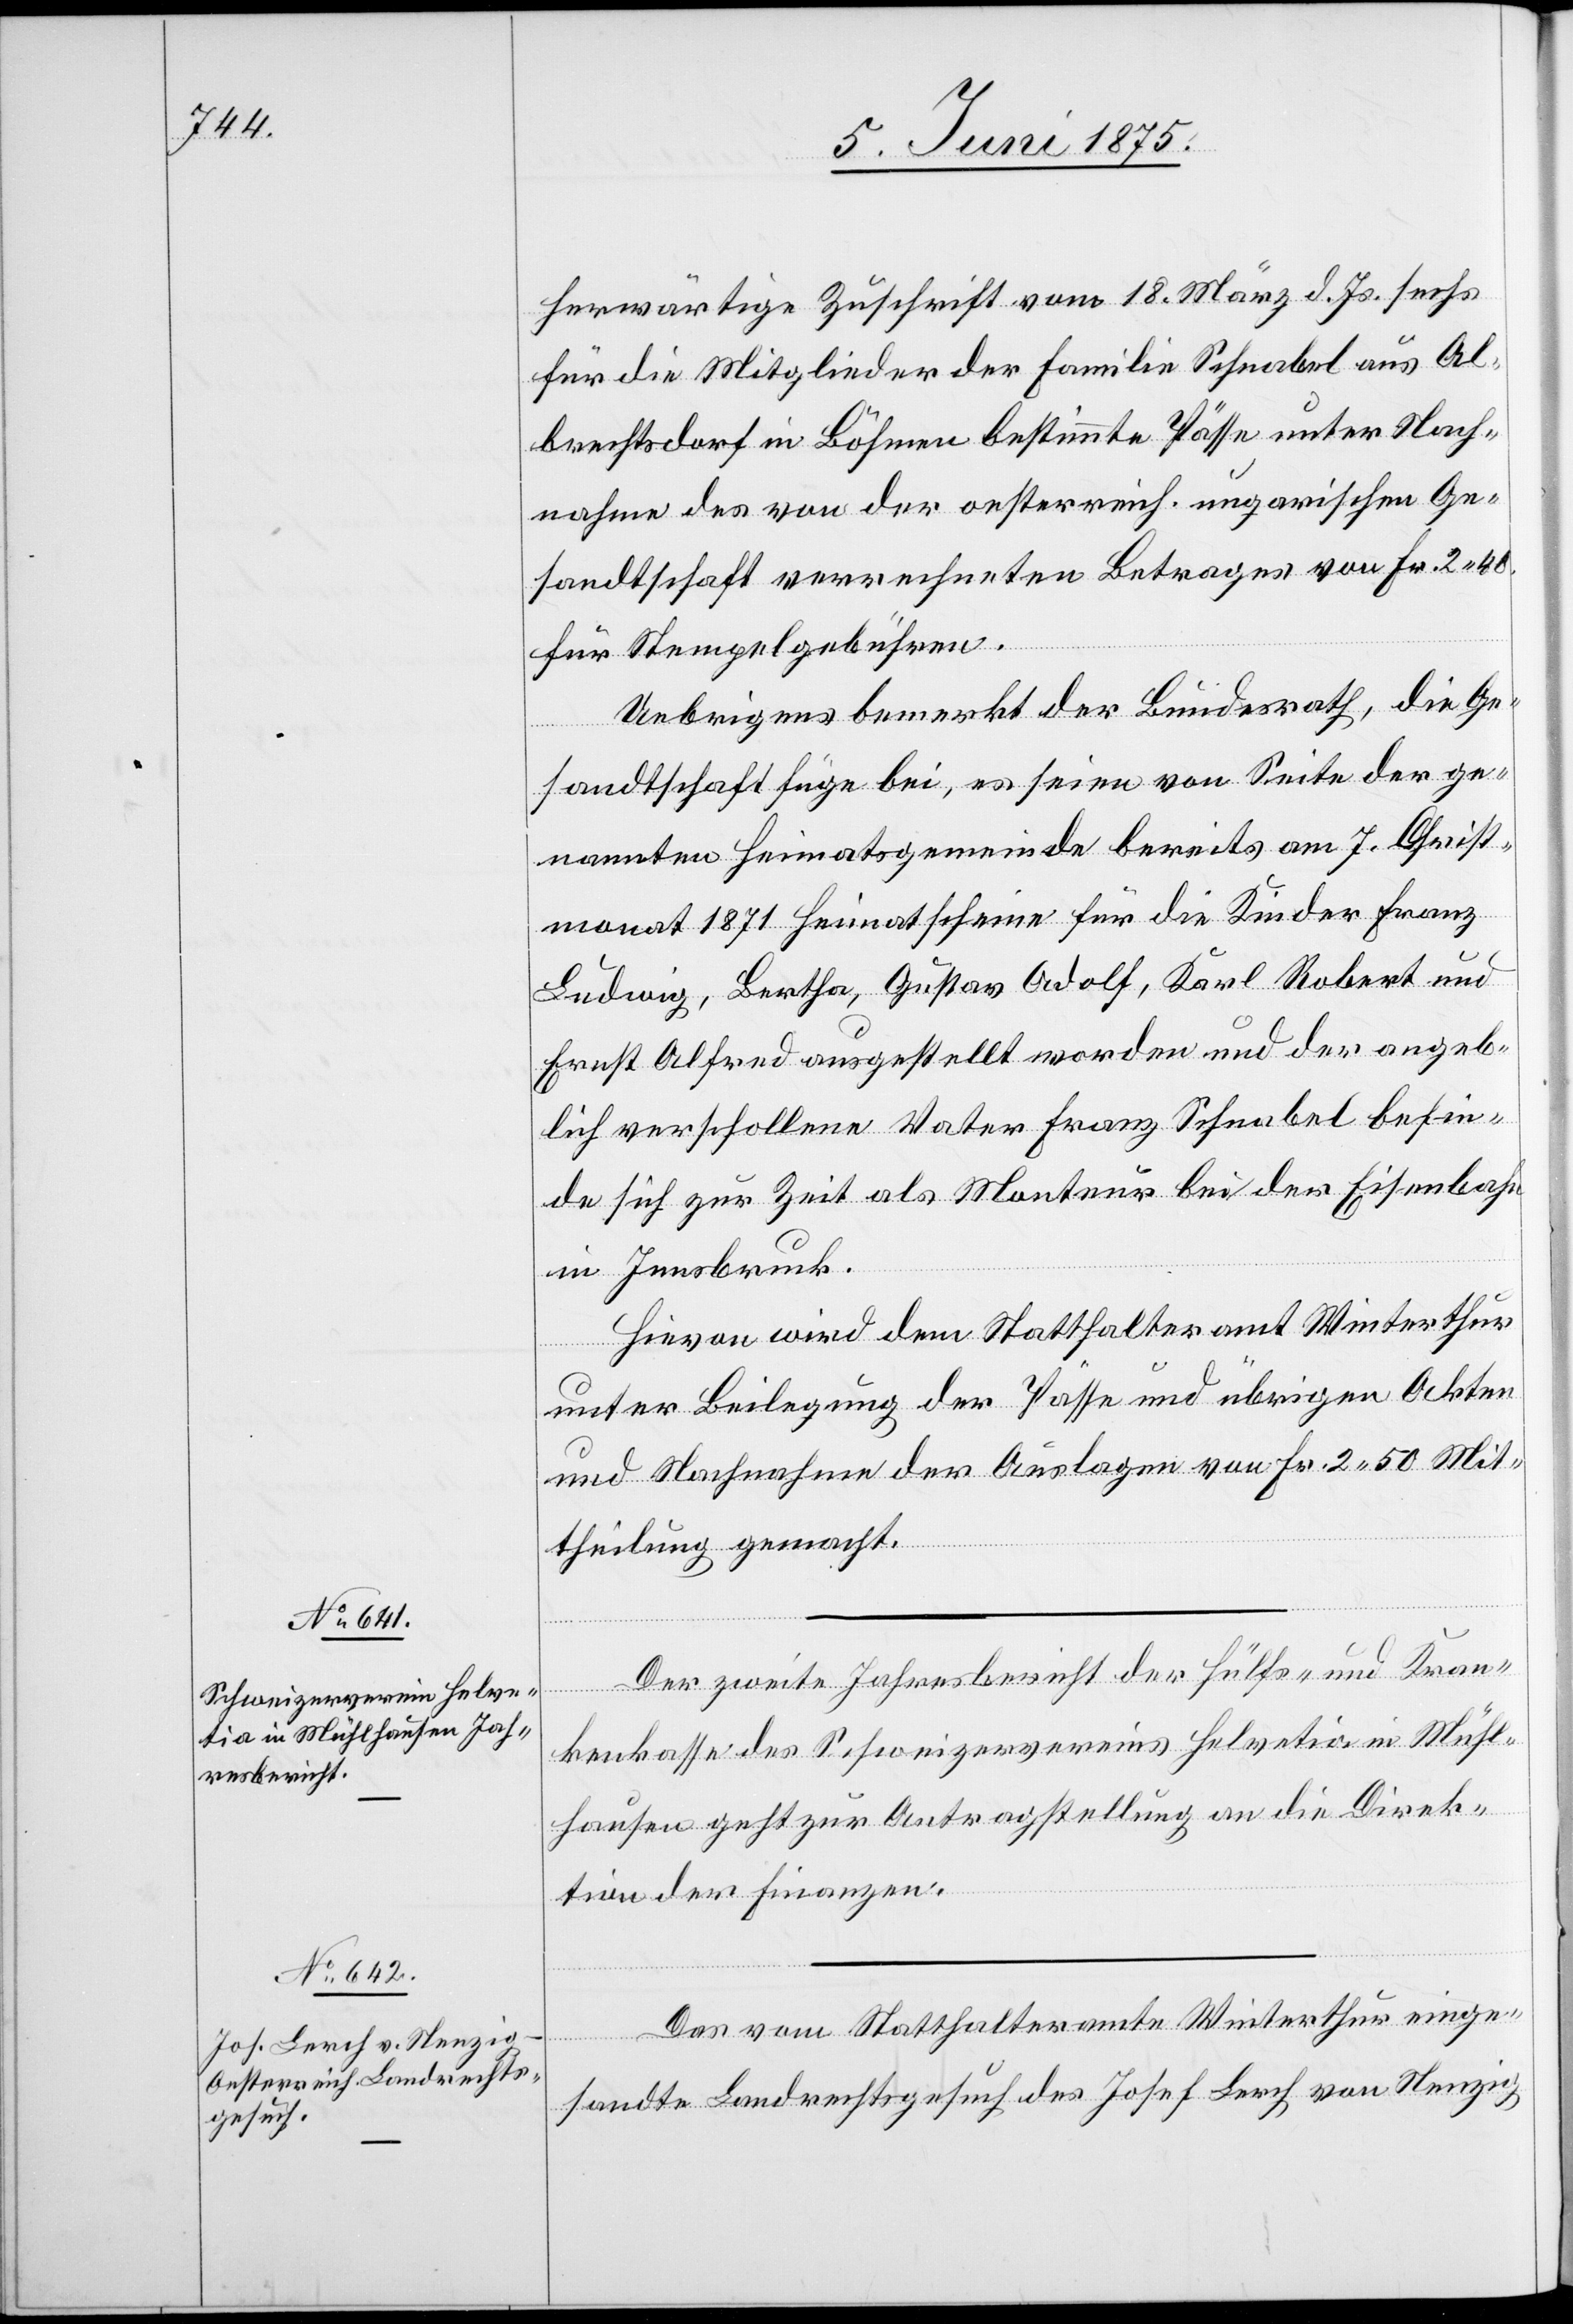
9. Juni 1875.]
herwärtige Zuschrift vom 18. März d. Js. sechs
für die Mitglieder der Familie Schnabel aus Al¬
brechtsdorf in Böhmen bestimmte Pässe unter Nach¬
nahme des von der oesterreich. ungarischen Ge¬
sandtschaft verrechneten Betrages von Fr. 2 40
für Stempelgebühren.
Uebrigens bemerkt der Bundesrath, die Ge¬
sandtschaft füge bei, es seien von Seite der ge¬
nannten Heimatsgemeinde bereits am 7. Christ¬
monat 1871 Heimatscheine für die Kinder Franz
Ludwig, Bertha, Gustav Adolf, Karl Robert und
Ernst Alfred ausgestellt worden und der angeb¬
lich verschollene Vater Franz Schnabel befin¬
de sich zur Zeit als Monteur bei der Eisenbahn
in Innsbruck.
Hievon wird dem Statthalteramt Winterthur
einge¬
unter Beilegung der Pässe und übrigen Akten
und Nachnahme der Auslagen von Fr. 2 50 Mit¬
theilung gemacht.
Der zweite Jahresbericht der Hülfs- und Kran¬
vom
kenkasse des Schweizervereins Helvetia in Mühl¬
hausen geht zur Antragstellung an die Direk¬
tion der Finanzen.
sandte Landrechtsgesuch des Josef Lerch von Nenzig